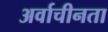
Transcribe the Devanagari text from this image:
अर्वाचीनता